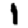
Digit: 1